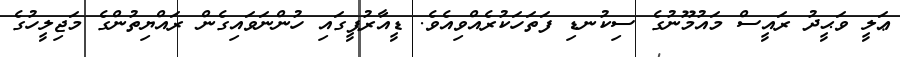
ޢަލީ ވަޙީދު ރައީސް މައުމޫނުގެ ސިކުނޑި ފަތަހަކުރެއްވިއެވެ. ޑީއާރުޕީގައި ހުންނަވައިގެން ރައްޔިތުންގެ މަޖިލީހުގެ